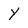
Character: Y